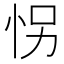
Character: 𰑍